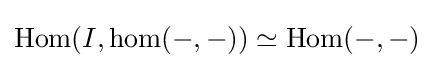
\operatorname {Hom} (I,\operatorname {hom} (-,-))\simeq \operatorname {Hom} (-,-)